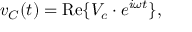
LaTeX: v _ { C } ( t ) = \operatorname { R e } \{ V _ { c } \cdot e ^ { i \omega t } \} ,